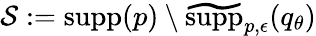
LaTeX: \mathcal{S}:=\textrm{supp}(p)\setminus\widetilde{\mathrm{supp}}_{p,\epsilon}(q_{\theta})